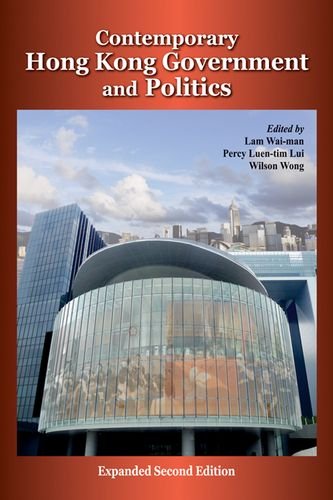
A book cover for Contemporary Hong Kong Government and Politics; History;